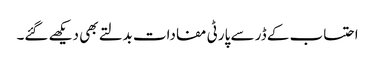
احتساب کے ڈر سے پارٹی مفادات بدلتے بھی دیکھے گئے۔